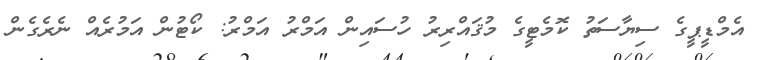
އެމްޑީޕީގެ ސިޔާސަތު ކޮމެޓީގެ މުޤައްރިރު ހުސައިން އަމްރު އަމްރު: ކޯޓުން އަމުރެއް ނެރެގެން